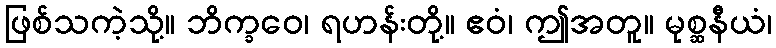
ဖြစ်သကဲ့သို့။ ဘိက္ခဝေ၊ ရဟန်းတို့။ ဧဝံ၊ ဤအတူ။ မုစ္ဆနီယံ၊